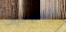
المروحيات